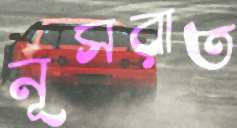
নূসরাত